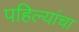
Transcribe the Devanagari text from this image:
पहिल्यांचा